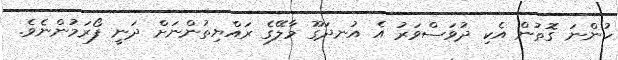
ހުންނަ ގޮތުން އެކި ދުވަސްވަރު އެ އުނދަގޫ މާލޭގެ ރައްޔިތުންނަށް ދަނީ ފޯރަމުންނެވެ.